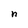
Character: n